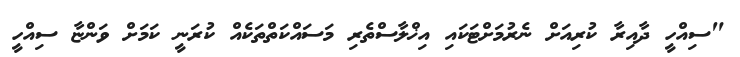
"ސިއްހީ ދާއިރާ ކުރިއަށް ނެރުމަށްޓަކައި އިޚްލާސްތެރި މަސައްކަތްތަކެއް ކުރަނީ ކަމަށް ވަންޏާ ސިއްހީ